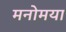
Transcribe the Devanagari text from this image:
मनोमया